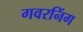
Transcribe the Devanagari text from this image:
गवरनिंग